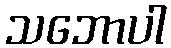
သဘောပါ